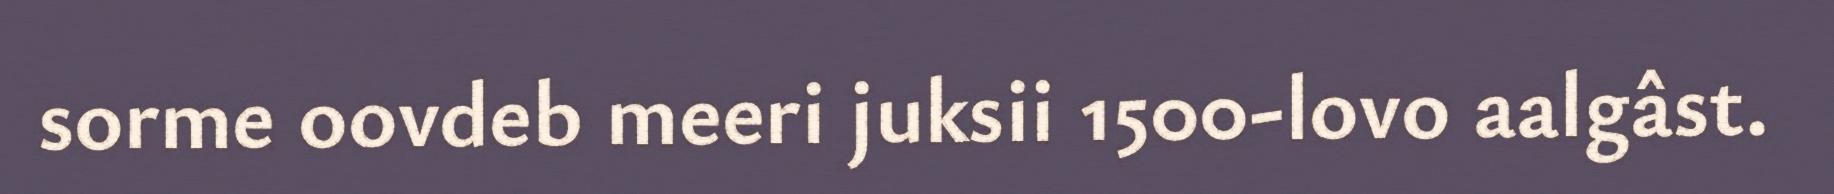
sorme oovdeb meeri juksii 1500-lovo aalgâst.